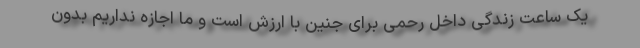
یک ساعت زندگی داخل رحمی برای جنین با ارزش است و ما اجازه نداریم بدون